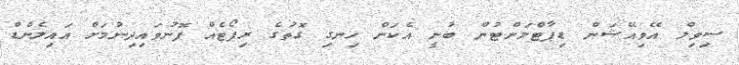
ސިވިލް އޭވިއޭޝަން ޑިޕާޓްމަންޓުން ބުނީ އެކަން ހިނގި ގޮތުގެ ރިޕޯޓެއް ފޮނުވައިދިނުމަށް އައިލެންޑް